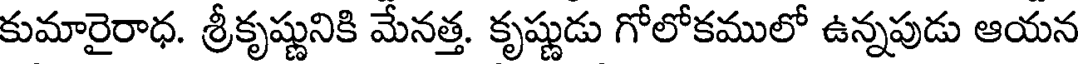
కుమారైరాధ. శ్రీకృష్ణునికి మేనత్త. కృష్ణుడు గోలోకములో ఉన్నపుడు ఆయన